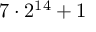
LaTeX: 7 \cdot 2 ^ { 1 4 } + 1